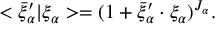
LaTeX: < \bar { \xi } _ { \alpha } ^ { \prime } \vert \xi _ { \alpha } > = ( 1 + \bar { \xi } _ { \alpha } ^ { \prime } \cdot \xi _ { \alpha } ) ^ { J _ { \alpha } } .